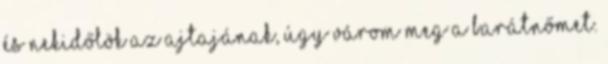
és nekidőlök az ajtajának, úgy várom meg a barátnőmet.